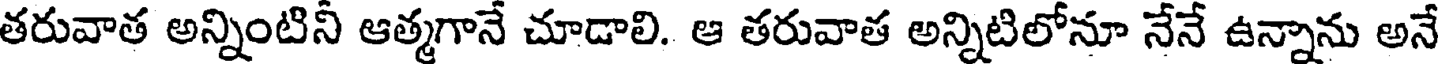
తరువాత అన్నింటినీ ఆత్మగానే చూడాలి. ఆ తరువాత అన్నిటిలోనూ నేనే ఉన్నాను అనే